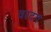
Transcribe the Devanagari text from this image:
वरदग